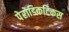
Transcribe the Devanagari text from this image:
पेरोडिकटिकस